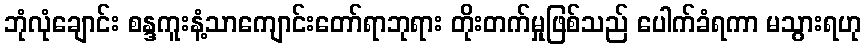
ဘုံလုံချောင်း စန္ဒကူးနံ့သာကျောင်းတော်ရာဘုရား တိုးတက်မှုဖြစ်သည် ပေါက်ခံရကာ မသွားရဟု